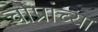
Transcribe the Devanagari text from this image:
चोप्रांच्या